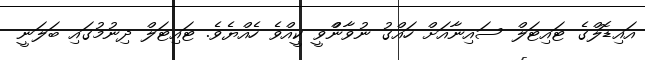
އައިޑޮލްގެ ޓައިޓަލް ސައިނާއަށް ހައްގު ނުވާންްވީ ކީއްވެ ހެއްޔެވެ. ޓައިޓަލް ދިނުމުގައި ބަލަނީ